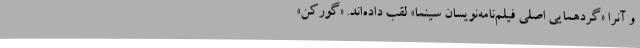
و آنرا «گردهمایی اصلی فیلم‌نامه‌نویسان سینما» لقب داده‌اند. «گورکن»